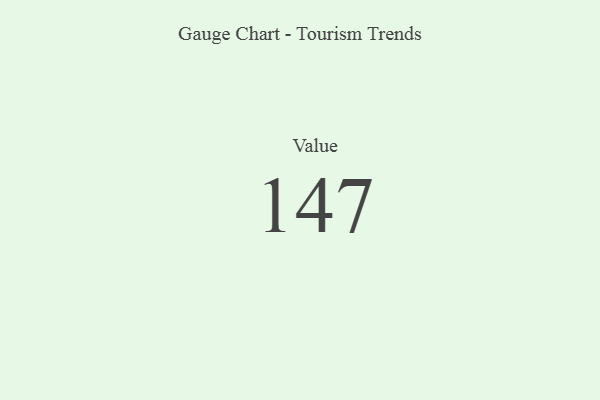
{"axis": {"x": "Metric", "y": "Value"}, "legend": [""], "data": [{"x": "Value", "y": 147, "type": ""}]}